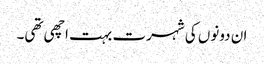
ان دونوں کی شہرت بہت اچھی تھی۔